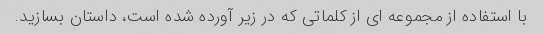
با استفاده از مجموعه ای از کلماتی که در زیر آورده شده است، داستان بسازید.